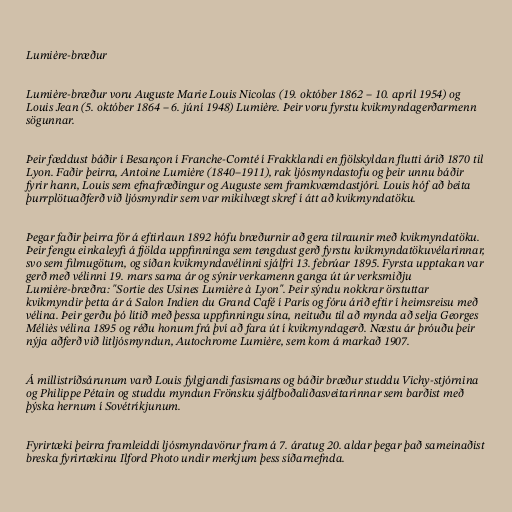
Lumière-bræður

Lumière-bræður voru Auguste Marie Louis Nicolas (19. október 1862 – 10. apríl 1954) og
Louis Jean (5. október 1864 – 6. júní 1948) Lumière. Þeir voru fyrstu kvikmyndagerðarmenn
sögunnar.

Þeir fæddust báðir í Besançon í Franche-Comté í Frakklandi en fjölskyldan flutti árið 1870 til
Lyon. Faðir þeirra, Antoine Lumière (1840–1911), rak ljósmyndastofu og þeir unnu báðir
fyrir hann, Louis sem efnafræðingur og Auguste sem framkvæmdastjóri. Louis hóf að beita
þurrplötuaðferð við ljósmyndir sem var mikilvægt skref í átt að kvikmyndatöku.

Þegar faðir þeirra fór á eftirlaun 1892 hófu bræðurnir að gera tilraunir með kvikmyndatöku.
Þeir fengu einkaleyfi á fjölda uppfinninga sem tengdust gerð fyrstu kvikmyndatökuvélarinnar,
svo sem filmugötum, og síðan kvikmyndavélinni sjálfri 13. febrúar 1895. Fyrsta upptakan var
gerð með vélinni 19. mars sama ár og sýnir verkamenn ganga út úr verksmiðju
Lumière-bræðra: "Sortie des Usines Lumière à Lyon". Þeir sýndu nokkrar örstuttar
kvikmyndir þetta ár á Salon Indien du Grand Café í París og fóru árið eftir í heimsreisu með
vélina. Þeir gerðu þó lítið með þessa uppfinningu sína, neituðu til að mynda að selja Georges
Méliès vélina 1895 og réðu honum frá því að fara út í kvikmyndagerð. Næstu ár þróuðu þeir
nýja aðferð við litljósmyndun, Autochrome Lumière, sem kom á markað 1907.

Á millistríðsárunum varð Louis fylgjandi fasismans og báðir bræður studdu Vichy-stjórnina
og Philippe Pétain og studdu myndun Frönsku sjálfboðaliðasveitarinnar sem barðist með
þýska hernum í Sovétríkjunum.

Fyrirtæki þeirra framleiddi ljósmyndavörur fram á 7. áratug 20. aldar þegar það sameinaðist
breska fyrirtækinu Ilford Photo undir merkjum þess síðarnefnda.